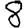
Digit: 8